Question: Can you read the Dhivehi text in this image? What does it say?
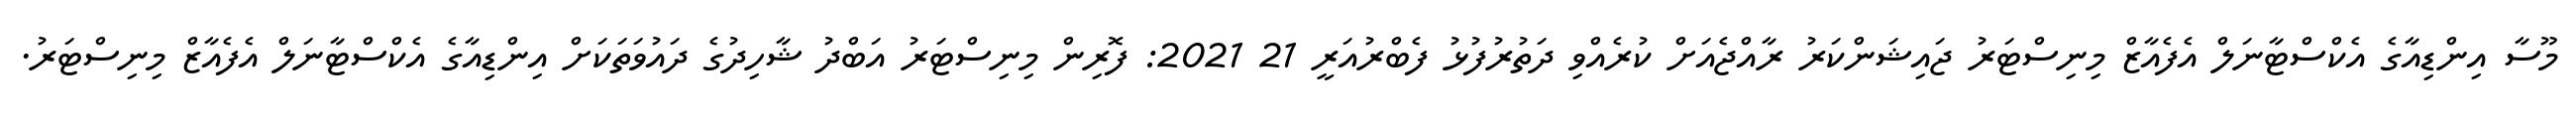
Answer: މޫސާ އިންޑިއާގެ އެކްސްޓާނަލް އެފެއާޒް މިނިސްޓަރު ޖައިޝަންކަރު ރާއްޖެއަށް ކުރެއްވި ދަތުރުފުޅު ފެބްރުއަރީ 21 2021: ފޮރިން މިނިސްޓަރު އަބްދު ޝާހިދުގެ ދައުވަތަކަށް އިންޑިއާގެ އެކްސްޓާނަލް އެފެއާޒް މިނިސްޓަރު.